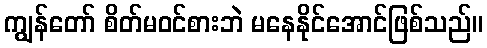
ကျွန်တော် စိတ်မဝင်စားဘဲ မနေနိုင်အောင်ဖြစ်သည်။